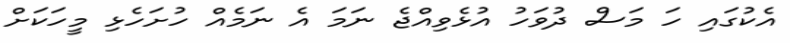
އެކުގައި ހަ މަސް ދުވަހު އުޅެވިއްޖެ ނަމަ އެ ނަމެއް ހުށަހެޅި މީހަކަށް